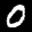
Label: 0